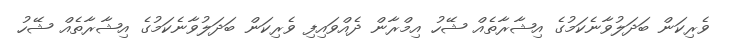
ވެރިކަން ބަދަލުވާނެކަމުގެ އިޝާރާތެއް ޝޭހު އިމްރާން ދެއްވައިފި ވެރިކަން ބަދަލުވާނެކަމުގެ އިޝާރާތެއް ޝޭހު